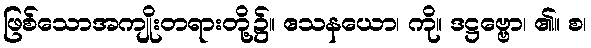
ဖြစ်သောအကျိုးတရားတို့၌။ ဧသနယော၊ ကို။ ဒဋ္ဌဗ္ဗော၊ ၏။ စ၊